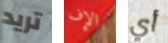
تريد الإف أي